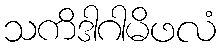
သကိဒါဂါမိဖလံ